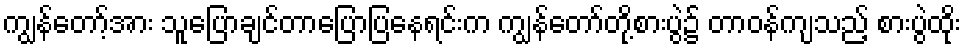
ကျွန်တော့်အား သူပြောချင်တာပြောပြနေရင်းက ကျွန်တော်တို့စားပွဲ၌ တာဝန်ကျသည့် စားပွဲထိုး